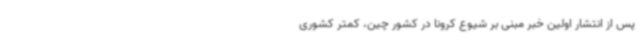
پس از انتشار اولین خبر مبنی بر شیوع کرونا در کشور چین، کمتر کشوری